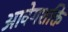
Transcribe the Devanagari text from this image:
आवेगशक्ति